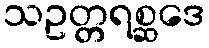
သဥတ္တရစ္ဆဒေ